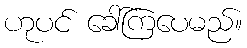
ဟုပင် ခေါ်ကြပေမည်။